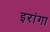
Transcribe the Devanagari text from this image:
इरांगा